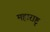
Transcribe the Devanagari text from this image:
महाराष्टृ